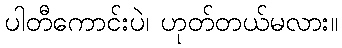
ပါတီကောင်းပဲ၊ ဟုတ်တယ်မလား။